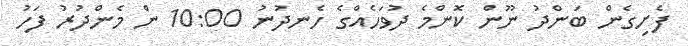
ފެށިގެން ބަންދު ނޫން ކޮންމެ ދުވަހެއްގެ ހެނދުނު 10:00 ން މެންދުރު ފަހު